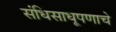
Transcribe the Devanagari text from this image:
संधिसाधूपणाचे